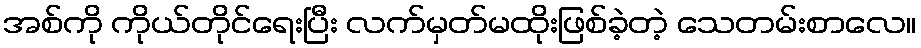
အစ်ကို ကိုယ်တိုင်ရေးပြီး လက်မှတ်မထိုးဖြစ်ခဲ့တဲ့ သေတမ်းစာလေ။